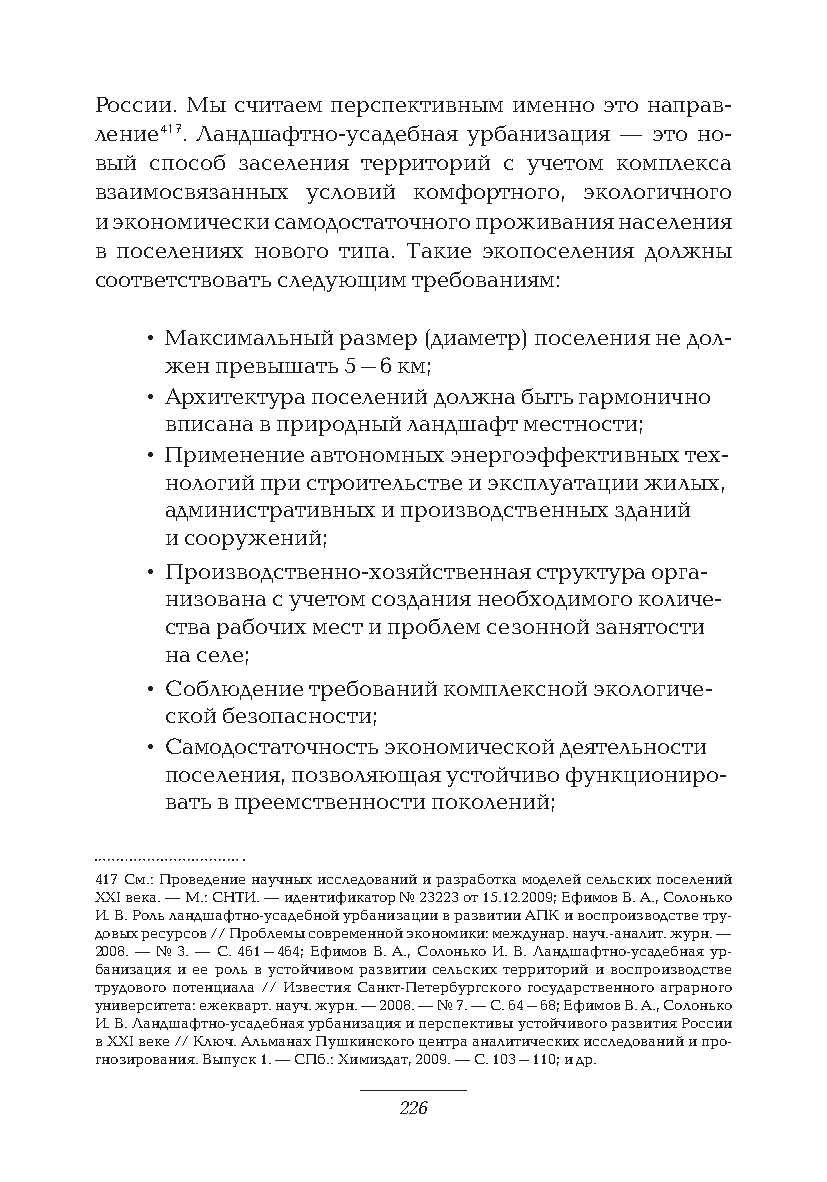
России. Мы считаем перспективным именно это направ-
 ление 417. Ландшафтно-усадебная урбанизация — это но-
 вый способ заселения территорий с учетом комплекса
 взаимосвязанных условий комфортного, экологичного
 и экономически самодостаточного проживания населения
 в поселениях нового типа. Такие экопоселения должны
 соответствовать следующим требованиям:
 • Максимальный размер (диаметр) поселения не дол-
 жен превышать 5–6 км;
 • Архитектура поселений должна быть гармонично
 вписана в природный ландшафт местности;
 • Применение автономных энергоэффективных тех-
 нологий при строительстве и эксплуатации жилых,
 административных и производственных зданий
 и сооружений;
 • Производственно-хозяйственная структура орга-
 низована с учетом создания необходимого количе-
 ства рабочих мест и проблем сезонной занятости
 на селе;
 • Соблюдение требований комплексной экологиче-
 ской безопасности;
 • Самодостаточность экономической деятельности
 поселения, позволяющая устойчиво функциониро-
 вать в преемственности поколений;
 417 См.: Проведение научных исследований и разработка моделей сельских поселений
 XXI века. — М.: СНТИ. — идентификатор № 23223 от 15.12.2009; Ефимов В. А., Солонько
 И. В. Роль ландшафтно-усадебной урбанизации в развитии АПК и воспроизводстве тру-
 довых ресурсов // Проблемы современной экономики: междунар. науч.-аналит. журн. —
 2008. — № 3. — С. 461–464; Ефимов В. А., Солонько И. В. Ландшафтно-усадебная ур-
 банизация и ее роль в устойчивом развитии сельских территорий и воспроизводстве
 трудового потенциала // Известия Санкт-Петербургского государственного аграрного
 университета: ежекварт. науч. журн. — 2008. — № 7. — С. 64–68; Ефимов В. А., Солонько
 И. В. Ландшафтно-усадебная урбанизация и перспективы устойчивого развития России
 в XXI веке // Ключ. Альманах Пушкинского центра аналитических исследований и про-
 гнозирования. Выпуск 1. — СПб.: Химиздат, 2009. — С. 103–110; и др.
 226